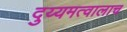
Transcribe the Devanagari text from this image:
दुय्यमत्वालाच